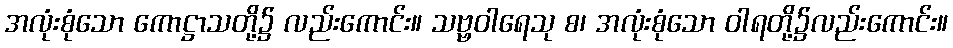
အလုံးစုံသော ကောဋ္ဌာသတို့၌ လည်းကောင်း။ သဗ္ဗဝါရေသု စ၊ အလုံးစုံသော ဝါရတို့၌လည်းကောင်း။